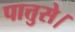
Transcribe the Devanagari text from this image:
पात्तुसे।